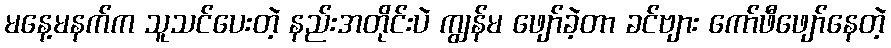
မနေ့မနက်က သူသင်ပေးတဲ့ နည်းအတိုင်းပဲ ကျွန်မ ဖျော်ခဲ့တာ ခင်ဗျား ကော်ဖီဖျော်နေတဲ့